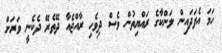
ހަމަ އެފަދައިން ލަންކާގެ ރައްޔިތުން ވެސް ދިވެހި ރާއްޖެއާ ދޭތެރޭ ދެކެނީ ވަރަށް